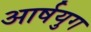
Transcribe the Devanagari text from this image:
आर्षयुग